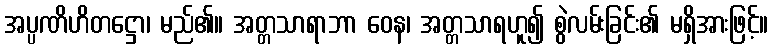
အပ္ပဏိဟိတဋ္ဌော၊ မည်၏။ အတ္တသာရာဘာ ဝေန၊ အတ္တသာရဟူ၍ စွဲလမ်းခြင်း၏ မရှိအားဖြင့်။